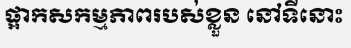
ផ្អាកសកម្មភាពរបស់ខ្លួន នៅទីនោះ